Punjab Mental Hospital Lahore 1932-46 - 1932-1946
Year: 1932
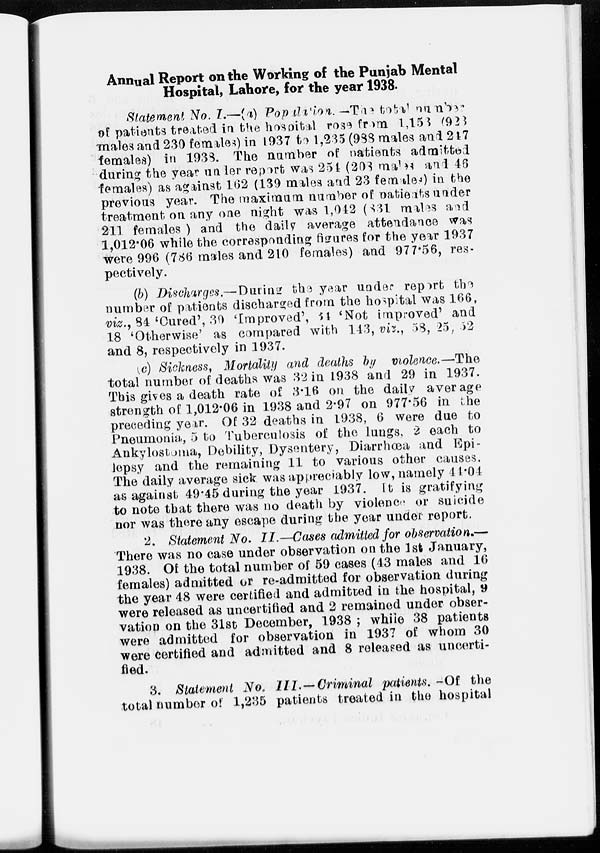
Annual Report on the Working of the Punjab Mental
Hospital, Lahore, for the year 1938.
Statement No. I.—(a) Population. -The total number
of patients treated in the hospital rose from 1,153 (923
males and 230 females) in 1937 to 1,235(988 males and 247
females) in 1938. The number of patients admitted
during the year under report was 254 (203 males and 46
females) as against 162 (139 males and 23 females) in the
previous year. The maximum number of patients under
treatment on any one night was 1,042 (831 males and
211 females ) and the daily average attendance was
1,012.06 while the corresponding figures for the year 1937
were 996 (786 males and 210 females) and 977.56, res-
pectively.
(b) Discharges.—During the year under report the
number of patients discharged from the hospital was 166,
viz., 84 'Cured', 30 'Improved', 34 'Not improved' and
18 'Otherwise' as compared with 143, viz., 58, 25, 52
and 8, respectively in 1937.
(c) Sickness, Mortality and deaths by violence.—The
total number of deaths was .32 in 1938 and 29 in 1937.
This gives a death rate of 3.16 on the daily average
strength of 1,012.06 in 1938 and 2.97 on 977.56 in the
preceding year. Of 32 deaths in 1938, 6 were due to
Pneumonia, 5 to Tuberculosis of the lungs, 2 each to
Ankylostoma, Debility, Dysentery, Diarrhœa and Epi-
lepsy and the remaining 11 to various other causes.
The daily average sick was appreciably low, namely 44.04
as against 49.45 during the year 1937. It is gratifying
to note that there was no death by violence or suicide
nor was there any escape during the year under report.
2. Statement No. II.—Cases admitted for observation.—
There was no case under observation on the 1st January,
1938. Of the total number of 59 cases (43 males and 16
females) admitted or re-admitted for observation during
the year 48 were certified and admitted in the hospital,
9were
rel
vation on the 31st December, 1938 ; while 38 patients
were admitted for observation in 1937 of whom 30
were certified and admitted and 8 released as uncerti-
fied.
3. Statement No. III. —Criminal patients. -Of the
total number of 1,235 patients treated in the hospital